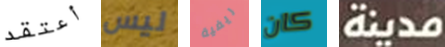
أعتقد ليس ريفية كان مدينة